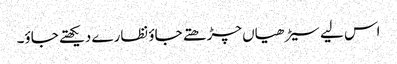
اس لیے سیڑھیاں چڑھتے جاؤ نظارے دیکھتے جاؤ۔